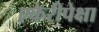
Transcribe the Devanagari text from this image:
एकेरीपेक्षा